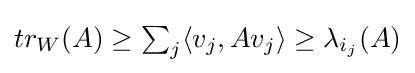
{\textstyle tr_{W}(A)\geq \sum _{j}\langle v_{j},Av_{j}\rangle \geq \lambda _{i_{j}}(A)}